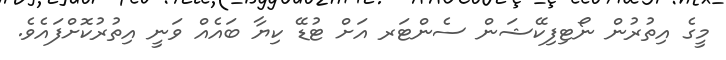
މީގެ އިތުރުން ނޯޓިފިކޭޝަން ސެންޓަރ އަށް ޓުޑޭ ކިޔާ ބައެއް ވަނީ އިތުރުކޮށްފައެވެ.